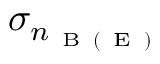
\sigma _ { n _ { \mathrm { ~ B ~ } ( \mathrm { ~ E ~ } ) } }